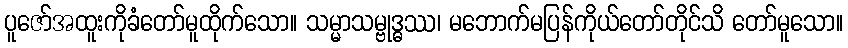
ပူဇော်အထူးကိုခံတော်မူထိုက်သော။ သမ္မာသမ္ဗုဒ္ဓဿ၊ မဘောက်မပြန်ကိုယ်တော်တိုင်သိ တော်မူသော။